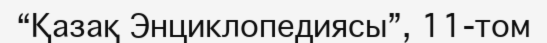
“Қазақ Энциклопедиясы”, 11-том